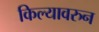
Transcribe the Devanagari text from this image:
किल्यावरुन